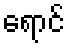
ရောင်